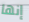
إنها